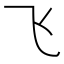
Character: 飞